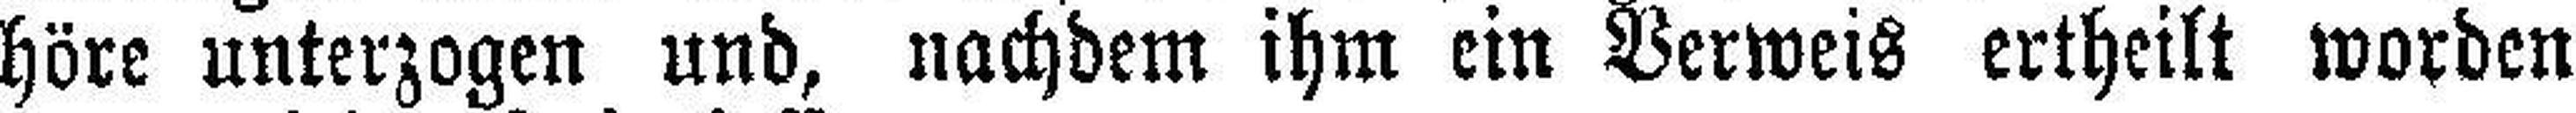
höre unterzogen und, nachdem ihm ein Verweis ertheilt worden